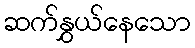
ဆက်နွှယ်နေသော